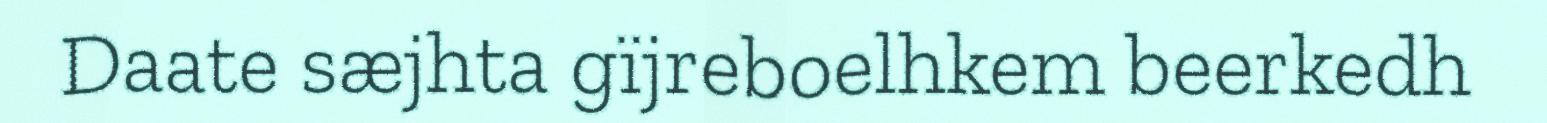
Daate sæjhta gïjreboelhkem beerkedh